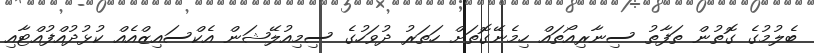
ބެލުމުގެ ގޮތުން ތަފާތު ސިނާރިއޯތައް ހިމެނޭގޮތަށް ހަތަރު ދުވަހުގެ ސިމިއުލޭޝަން އެކްސައިޒްއެއް ކުޅުދުއްފުއްޓާއި